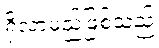
ရှိလာမည်ဖြစ်သည်